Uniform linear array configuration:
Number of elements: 24
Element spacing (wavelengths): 0.5
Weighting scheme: kaiser
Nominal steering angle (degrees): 0
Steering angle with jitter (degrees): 0.2984
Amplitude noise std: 0.05
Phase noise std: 0.05

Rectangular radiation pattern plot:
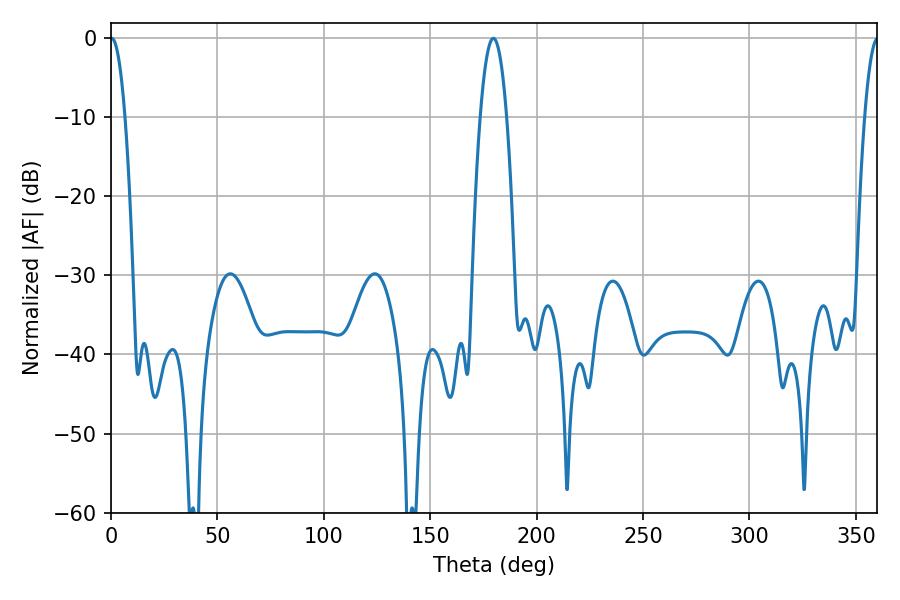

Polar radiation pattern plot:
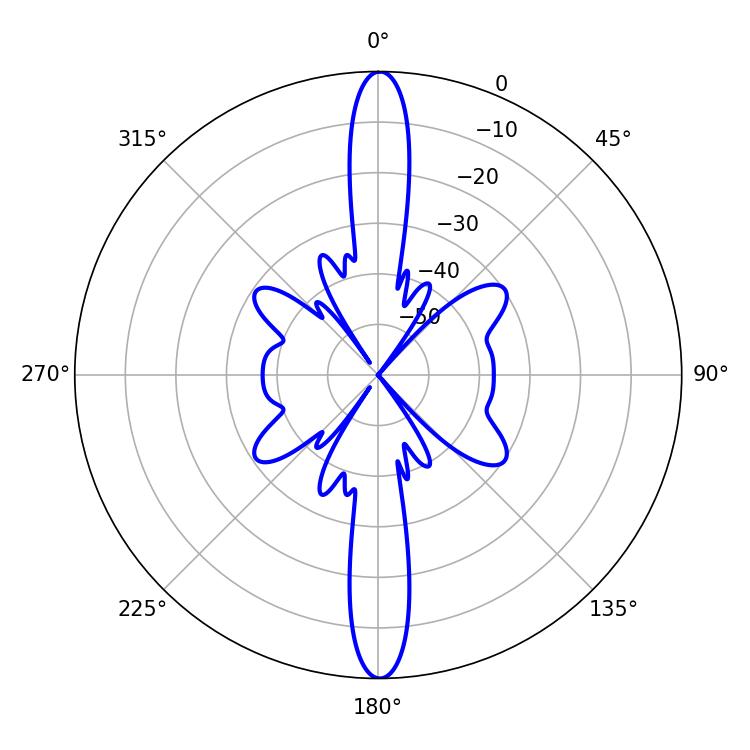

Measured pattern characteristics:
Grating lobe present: FALSE
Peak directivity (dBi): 31.062
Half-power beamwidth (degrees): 3.78
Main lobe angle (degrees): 0.36